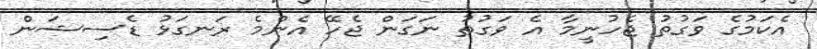
އެކަމުގެ ވަގުތު ޖެހުނީމާ އެ ވަގުތު ނަގަން ޖެހޭ އެންމެ ރަނގަޅު ޑެސިޝަން